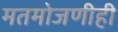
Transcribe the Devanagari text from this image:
मतमोजणीही